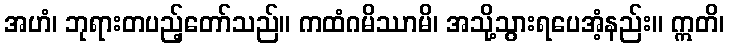
အဟံ၊ ဘုရားတပည့်တော်သည်။ ကထံဂမိဿာမိ၊ အသို့သွားရပေအံ့နည်း။ ဣတိ၊